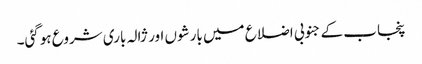
پنجاب کے جنوبی اضلاع میں بارشوں اور ژالہ باری شروع ہوگئی۔